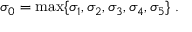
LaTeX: \sigma _ { 0 } = \mathrm { m a x } \{ \sigma _ { 1 } , \sigma _ { 2 } , \sigma _ { 3 } , \sigma _ { 4 } , \sigma _ { 5 } \} \ .